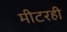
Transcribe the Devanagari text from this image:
मीटरही